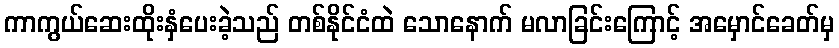
ကာကွယ်ဆေးထိုးနှံပေးခဲ့သည် တစ်နိုင်ငံထဲ သောနောက် မလာခြင်းကြောင့် အမှောင်ခေတ်မှ